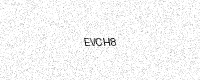
Text: EVCH8